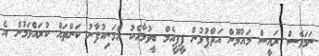
ނަމަވެސް ރައީސް މައުމޫން އަތްޕުޅުން ޕީޕީއެމް ބީވުމާއެކު އެމަނިކުފާނު ކަންތައް ކުރައްވަމުން އެ